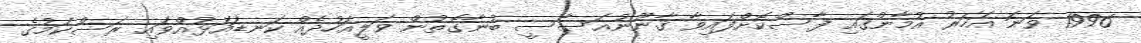
1996 ވަނަ އަހަރު އުމާންގައި ފާސްކޮށްފައިވާ ޤާނޫނުއަސާސީ ބުނާގޮތުން ވަލީއަހުދެއް ކަނޑައަޅުއްވައި ރަސްކަމުގެ